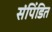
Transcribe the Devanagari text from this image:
संपिंडित